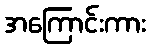
အကြောင်းကား